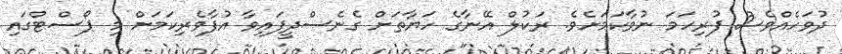
ދުވަހެއްވެސް ފުރިހަމަ ނުވާކަމަށެވެ. ރަކުލް އޭނާގެ ހަޔާތަށް ގެނެސްދީފައިވާ އުފާވެރިކަމަށް މި ޕޯސްޓްގައި